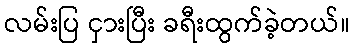
လမ်းပြ ငှားပြီး ခရီးထွက်ခဲ့တယ်။